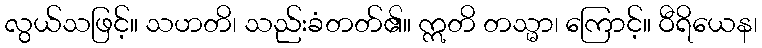
လွယ်သဖြင့်။ သဟတိ၊ သည်းခံတတ်၏။ ဣတိ တသ္မာ၊ ကြောင့်။ ဝီရိယေန၊